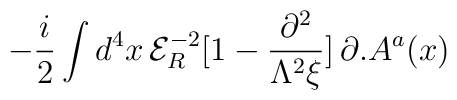
-\frac{i}{2}\int d^{4}x\, {\mathcal{E}}_{R}^{-2}[1-\frac{\partial ^{2}}{\Lambda ^{2}\xi }]\, \partial .A^{a}(x)